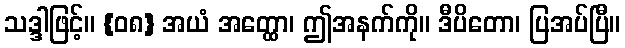
သဒ္ဒါဖြင့်။ {၀၈} အယံ အတ္ထော၊ ဤအနက်ကို။ ဒီပိတော၊ ပြအပ်ပြီ။